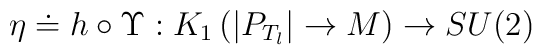
\eta \doteq h\circ \Upsilon :K_{1}\left( |P_{T_{l}}|\rightarrow {M}\right)\rightarrow SU(2)